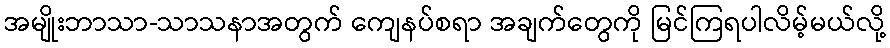
အမျိုးဘာသာ-သာသနာအတွက် ကျေနပ်စရာ အချက်တွေကို မြင်ကြရပါလိမ့်မယ်လို့